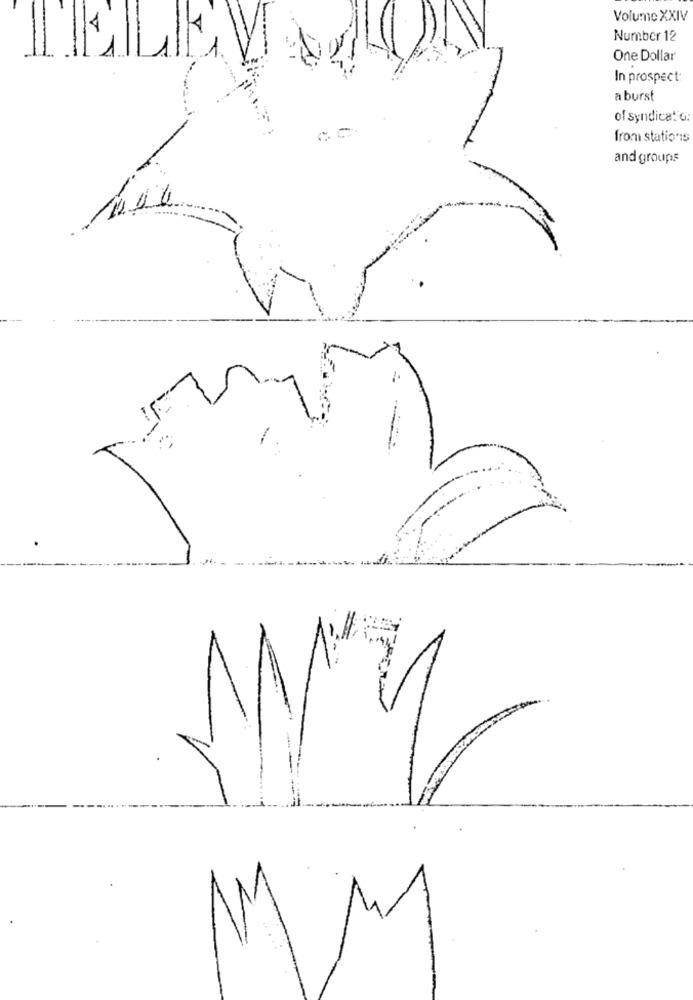
4
Volume XXIV
Number 12
One Dollar
In prospect:
a burst
of syndicat o:
from stations
and groups
M